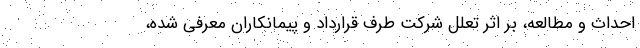
احداث و مطالعه، بر اثر تعلل شرکت طرف قرارداد و پیمانکاران معرفی شده،